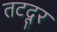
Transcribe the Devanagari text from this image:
तटदूर